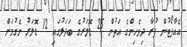
އެއާޕޯޓުން ފުރާ ދިވެހިންގެ އަތުން 25 ޑޮލަރުގެ ބަދަލުގައި 12 ޑޮލަރު ނެގުމަށް